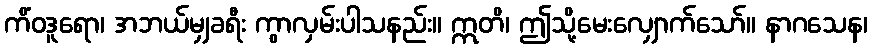
ကိံဝဒူရော၊ အဘယ်မျှခရီး ကွာလှမ်းပါသနည်း။ ဣတိ၊ ဤသို့မေးလျှောက်သော်။ နာဂသေန၊